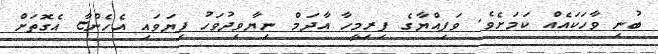
ބުނި ވާހަކައެއް ކަމަށެވެ. ވަފިއްޔާގެ ފިރިމީހާ އާދަމް ނިޔާވިދުވަހުު ފިޔަވައި އެހެންޏާ އެގޮތަށް